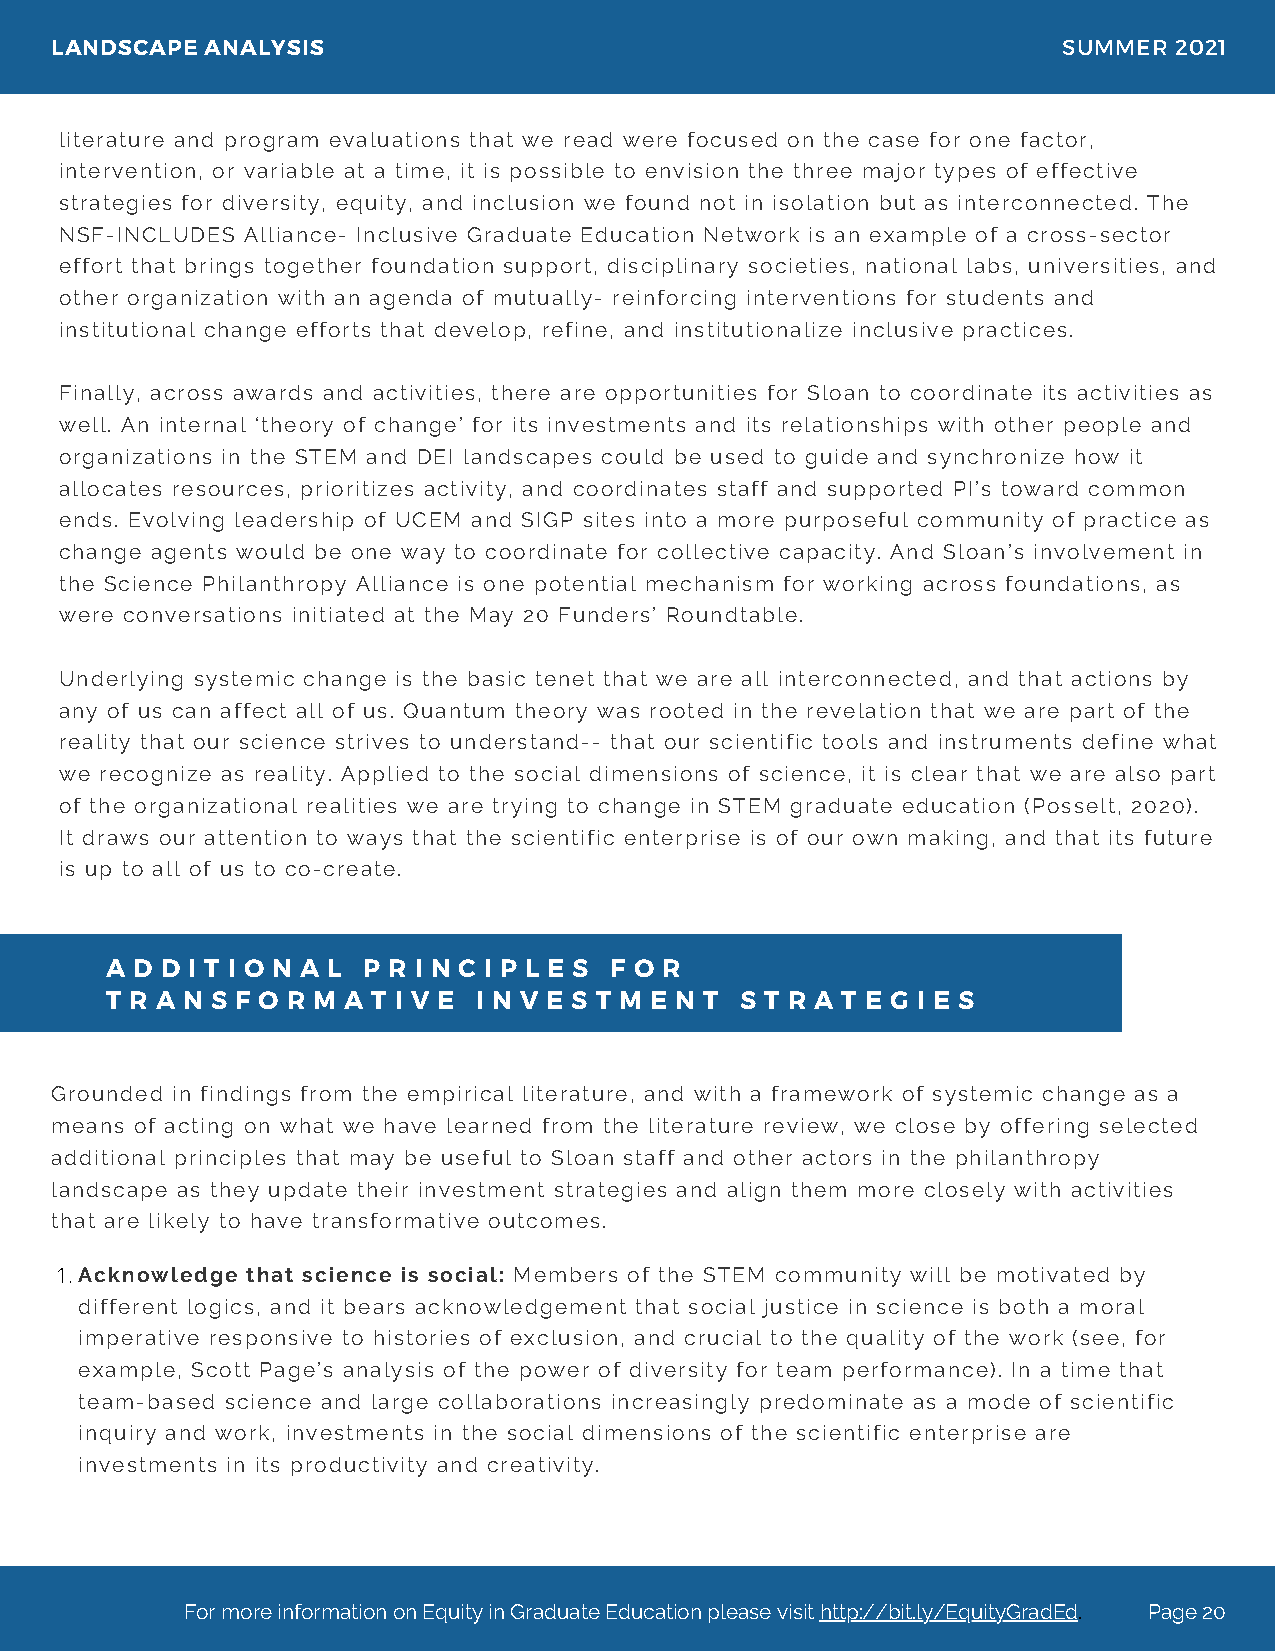
LANDSCAPE  ANALYSIS                                                SUMMER  2021
 literature and program evaluations that we read were focused on the case for one factor,
 intervention, or variable at a time, it is possible to envision the three major types of effective
 strategies for diversity, equity, and inclusion we found not in isolation but as interconnected. The
 NSF-INCLUDES Alliance- Inclusive Graduate Education Network is an example of a cross-sector
 effort that brings together foundation support, disciplinary societies, national labs, universities, and
 other organization with an agenda of mutually- reinforcing interventions for students and
 institutional change efforts that develop, refine, and institutionalize inclusive practices.
 Finally, across awards and activities, there are opportunities for Sloan to coordinate its activities as
 well. An internal ‘theory of change’ for its investments and its relationships with other people and
 organizations in the STEM and DEI landscapes could be used to guide and synchronize how it
 allocates resources, prioritizes activity, and coordinates staff and supported PI’s toward common
 ends. Evolving leadership of UCEM and SIGP sites into a more purposeful community of practice as
 change agents would be one way to coordinate for collective capacity. And Sloan’s involvement in
 the Science Philanthropy Alliance is one potential mechanism for working across foundations, as
 were conversations initiated at the May 20 Funders’ Roundtable.
 Underlying systemic change is the basic tenet that we are all interconnected, and that actions by
 any of us can affect all of us. Quantum theory was rooted in the revelation that we are part of the
 reality that our science strives to understand-- that our scientific tools and instruments define what
 we recognize as reality. Applied to the social dimensions of science, it is clear that we are also part
 of the organizational realities we are trying to change in STEM graduate education (Posselt, 2020).
 It draws our attention to ways that the scientific enterprise is of our own making, and that its future
 is up to all of us to co-create.
 A D D I T I O N A L P R I N C I P L E S F O R
 T R A N S F O R M A T I V E I N V E S T M E N T S T R A T E G I E S
 Grounded in findings from the empirical literature, and with a framework of systemic change as a
 means of acting on what we have learned from the literature review, we close by offering selected
 additional principles that may be useful to Sloan staff and other actors in the philanthropy
 landscape as they update their investment strategies and align them more closely with activities
 that are likely to have transformative outcomes.
 1.Acknowledge that science is social: Members of the STEM community will be motivated by
 different logics, and it bears acknowledgement that social justice in science is both a moral
 imperative responsive to histories of exclusion, and crucial to the quality of the work (see, for
 example, Scott Page’s analysis of the power of diversity for team performance). In a time that
 team-based science and large collaborations increasingly predominate as a mode of scientific
 inquiry and work, investments in the social dimensions of the scientific enterprise are
 investments in its productivity and creativity.
 For more information on Equity in Graduate Education please visit http://bit.ly/EquityGradEd. Page 20